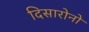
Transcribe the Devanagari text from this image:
दिसारोनो